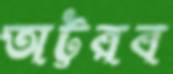
অট্টরব